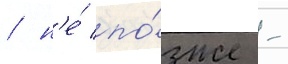
/ н'е́ по́зже -